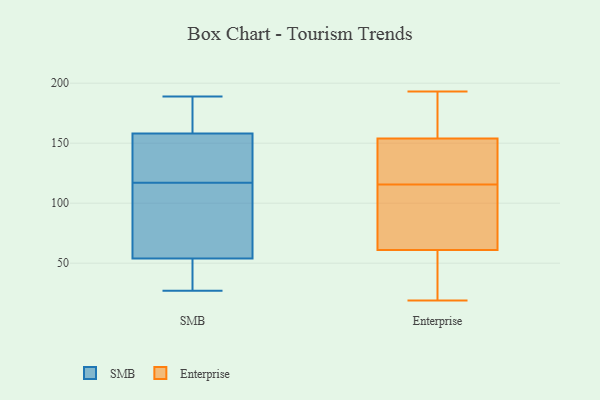
{"axis": {"x": "Demand Index", "y": "Value"}, "legend": ["Enterprise", "SMB"], "data": [{"x": "", "y": 84, "type": "SMB"}, {"x": "", "y": 141, "type": "SMB"}, {"x": "", "y": 47, "type": "SMB"}, {"x": "", "y": 144, "type": "SMB"}, {"x": "", "y": 181, "type": "SMB"}, {"x": "", "y": 54, "type": "SMB"}, {"x": "", "y": 54, "type": "SMB"}, {"x": "", "y": 30, "type": "SMB"}, {"x": "", "y": 27, "type": "SMB"}, {"x": "", "y": 158, "type": "SMB"}, {"x": "", "y": 158, "type": "SMB"}, {"x": "", "y": 117, "type": "SMB"}, {"x": "", "y": 170, "type": "SMB"}, {"x": "", "y": 72, "type": "SMB"}, {"x": "", "y": 189, "type": "SMB"}, {"x": "", "y": 71, "type": "SMB"}, {"x": "", "y": 150, "type": "SMB"}, {"x": "", "y": 48, "type": "Enterprise"}, {"x": "", "y": 74, "type": "Enterprise"}, {"x": "", "y": 61, "type": "Enterprise"}, {"x": "", "y": 99, "type": "Enterprise"}, {"x": "", "y": 19, "type": "Enterprise"}, {"x": "", "y": 136, "type": "Enterprise"}, {"x": "", "y": 101, "type": "Enterprise"}, {"x": "", "y": 154, "type": "Enterprise"}, {"x": "", "y": 170, "type": "Enterprise"}, {"x": "", "y": 190, "type": "Enterprise"}, {"x": "", "y": 56, "type": "Enterprise"}, {"x": "", "y": 193, "type": "Enterprise"}, {"x": "", "y": 143, "type": "Enterprise"}, {"x": "", "y": 130, "type": "Enterprise"}]}